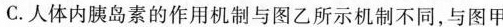
C.人体内胰岛素的作用机制与图乙所示机制不同，与图甲